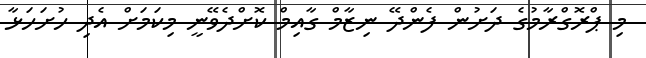
މި ޕްރޮގްރާމުގެ ދަށުން ފެންދޭ ނިޒާމް ގާއިމް ކޮށްދެވޭނީ މިކަމަށް އެދި ހުށަހަޅާ